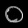
Digit: ၀